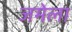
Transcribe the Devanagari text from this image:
जमेला